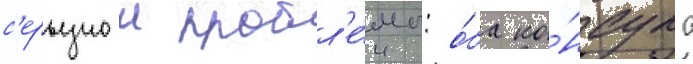
с'ерьезнои пробл'е́мы: о́ба ко́нсула